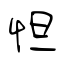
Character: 怛